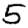
Digit: 5